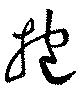
抱